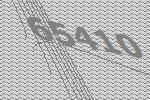
65410